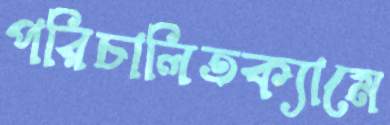
পরিচালিতক্যামে